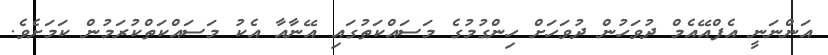
އަންނަނީ އެފްއޭއެމް ދުވަހުން ދުވަހަށް ހިންގުމުގެ މަސައްކަތުގައި އޭނާއާ އެކު މަސައްކަތްކުރަމުން ކަމަށެވެ.